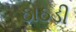
ઠાઠડી